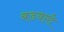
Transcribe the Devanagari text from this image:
बडवारी